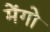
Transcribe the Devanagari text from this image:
मेंगो